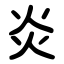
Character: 炎